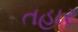
તહાર